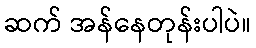
ဆက် အန်နေတုန်းပါပဲ။